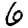
Digit: 6